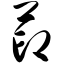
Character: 茚